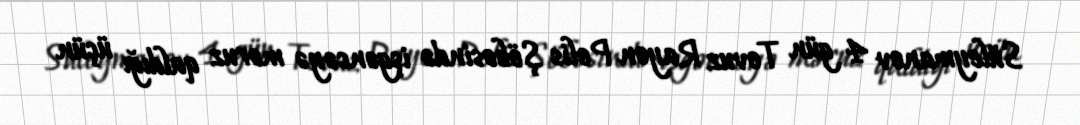
Süleymanov 4 gün Tovuz Rayon Polis Şöbəsində işgəncəyə məruz qaldığı üçün